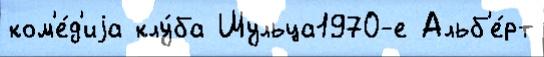
ком'е́д'иjа клу́ба Шульца1970-е Альб'е́рт